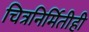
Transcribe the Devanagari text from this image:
चित्रनिर्मितीही